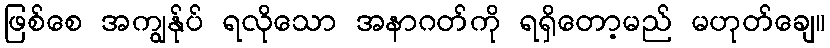
ဖြစ်စေ အကျွန်ုပ် ရလိုသော အနာဂတ်ကို ရရှိတော့မည် မဟုတ်ချေ။